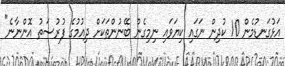
އަޅުގަނޑުމެން 10 ކުދިން ނަގައި ކިޔަވައި ނިމިގެން ބޭނުންތަކަށް ދިއުމުގެ ފުރުސަތު އޮންނާނެ"